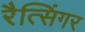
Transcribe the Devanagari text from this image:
रैत्सिंगर